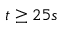
t \geq 2 5 s